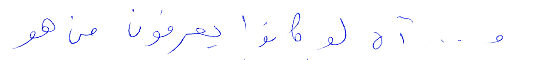
و...آه لو كانوا يعرفون من هو